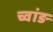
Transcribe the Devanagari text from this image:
च्वांङ